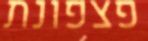
פצפונת